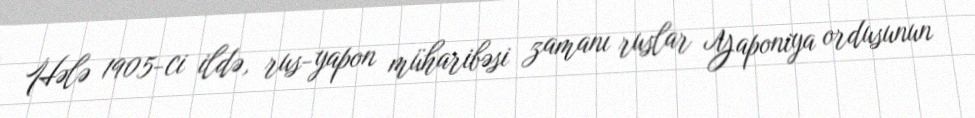
Hələ 1905-ci ildə, rus-yapon müharibəsi zamanı ruslar Yaponiya ordusunun